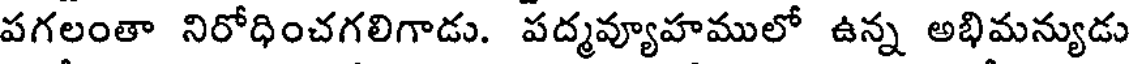
పగలంతా నిరోధించగలిగాడు. పద్మవ్యూహములో ఉన్న అభిమన్యుడు